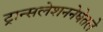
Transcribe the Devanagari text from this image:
ट्रान्सलेशननेघेतले